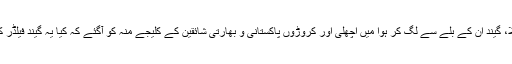
فائن لیگ پر چوکا حاصل کرنے کے لیے اسکوپ کھیلا، گیند ان کے بلّے سے لگ کر ہوا میں اچھلی اور کروڑوں پاکستانی و بھارتی شائقین کے کلیجے منہ کو آگئے کہ کیا یہ گیند فیلڈر کو پیچھے چھوڑتے ہوئے چوکے کی جانب جائے گی؟